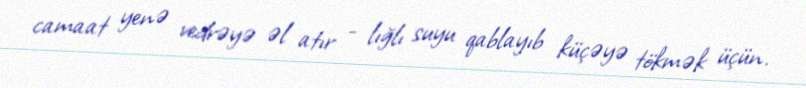
camaat yenə vedrəyə əl atır - lığlı suyu qablayıb küçəyə tökmək üçün.